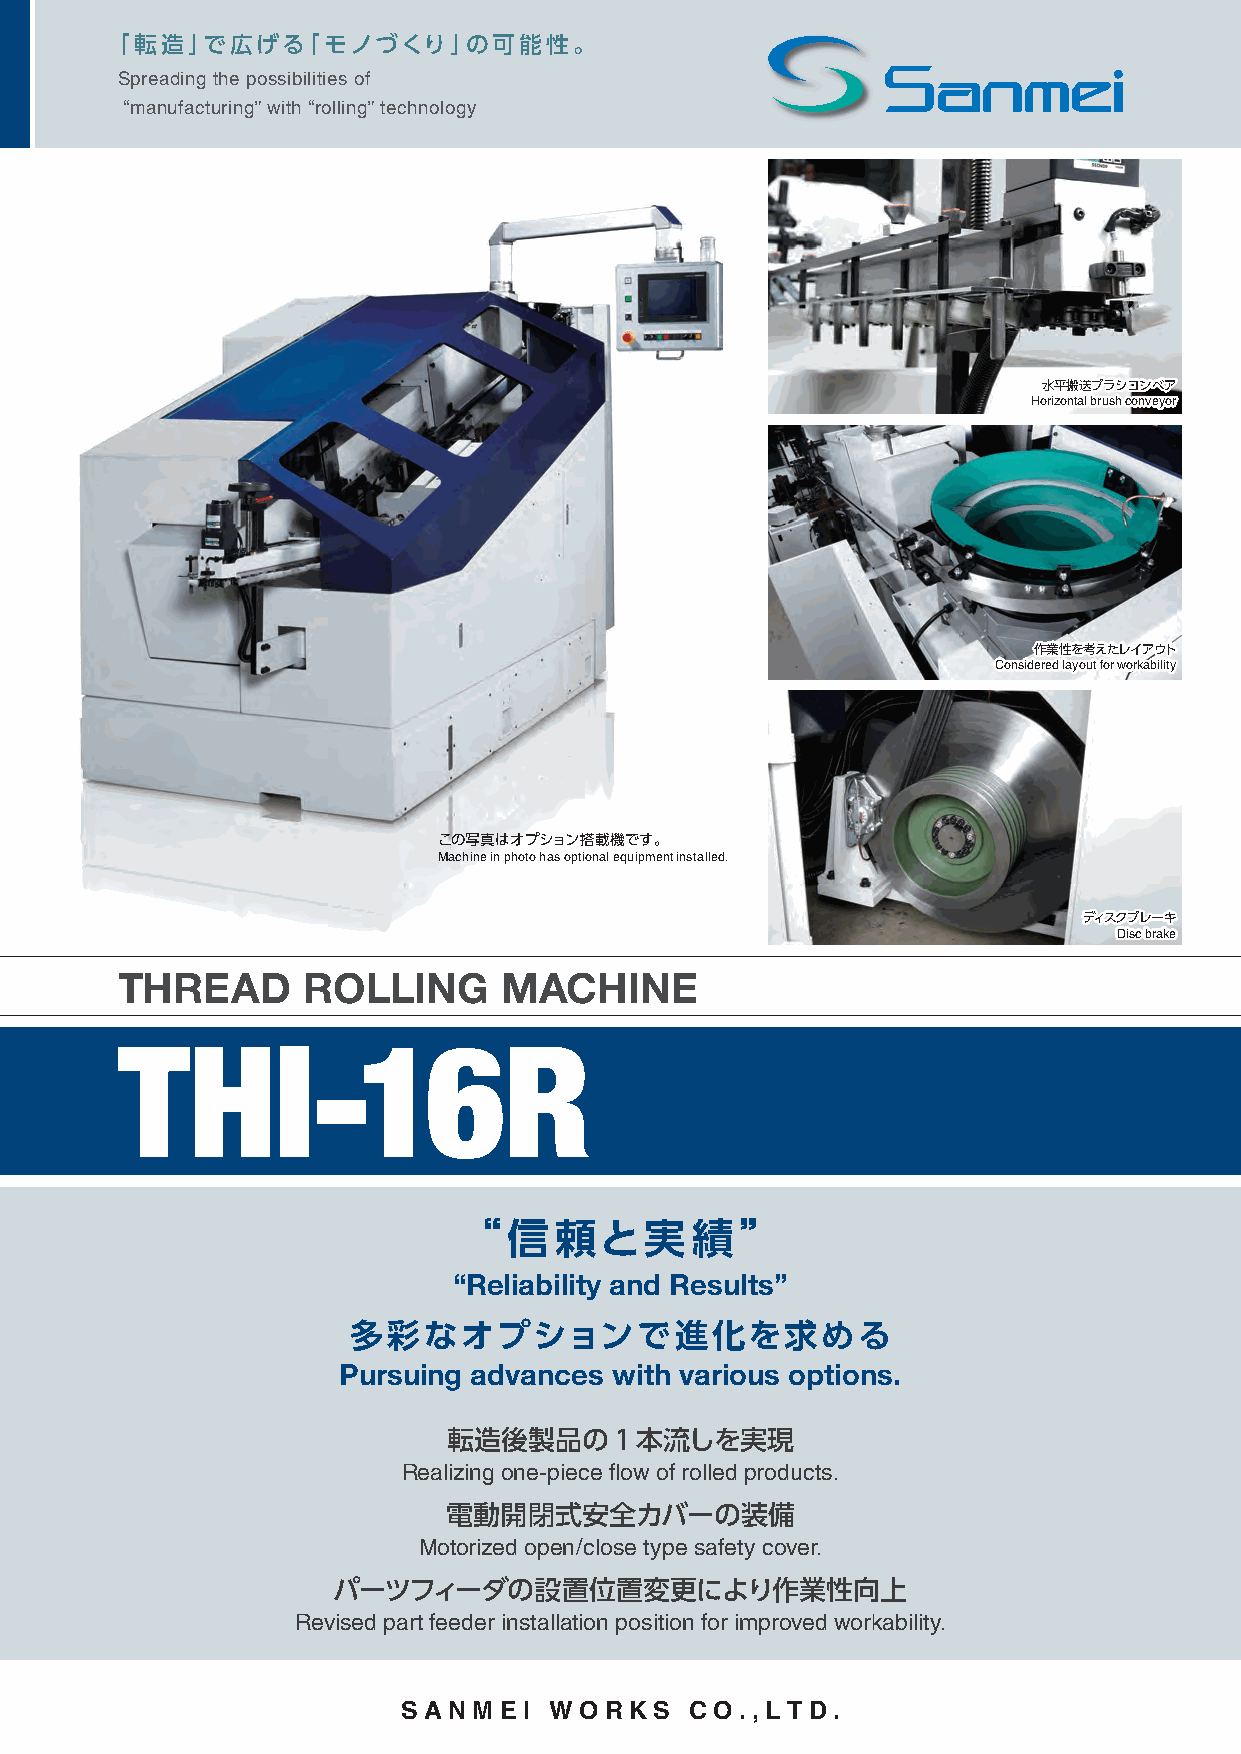
「転造」で広げる「モノづくり」の可能性。
 Spreading the possibilities of
 “manufacturing” with “rolling” technology
 水平搬送ブラシコンベア
 Horizontal brush conveyor
 作業性を考えたレイアウト
 Considered layout for workability
 この写真はオプション搭載機です。
 Machine in photo has optional equipment installed.
 ディスクブレーキ
 Disc brake
 THREAD      ROLLING      MACHINE
 THI-16R
 “信頼と実績”
 “Reliability and Results”
 多彩なオプションで進化を求める
 Pursuing advances  with various options.
 転造後製品の1本流しを実現
 Realizing one-piece flow of rolled products.
 電動開閉式安全カバーの装備
 Motorized open/close type safety cover.
 パーツフィーダの設置位置変更により作業性向上
 Revised part feeder installation position for improved workability.
 SA NMEI  W OR  KS  CO.,L T D.